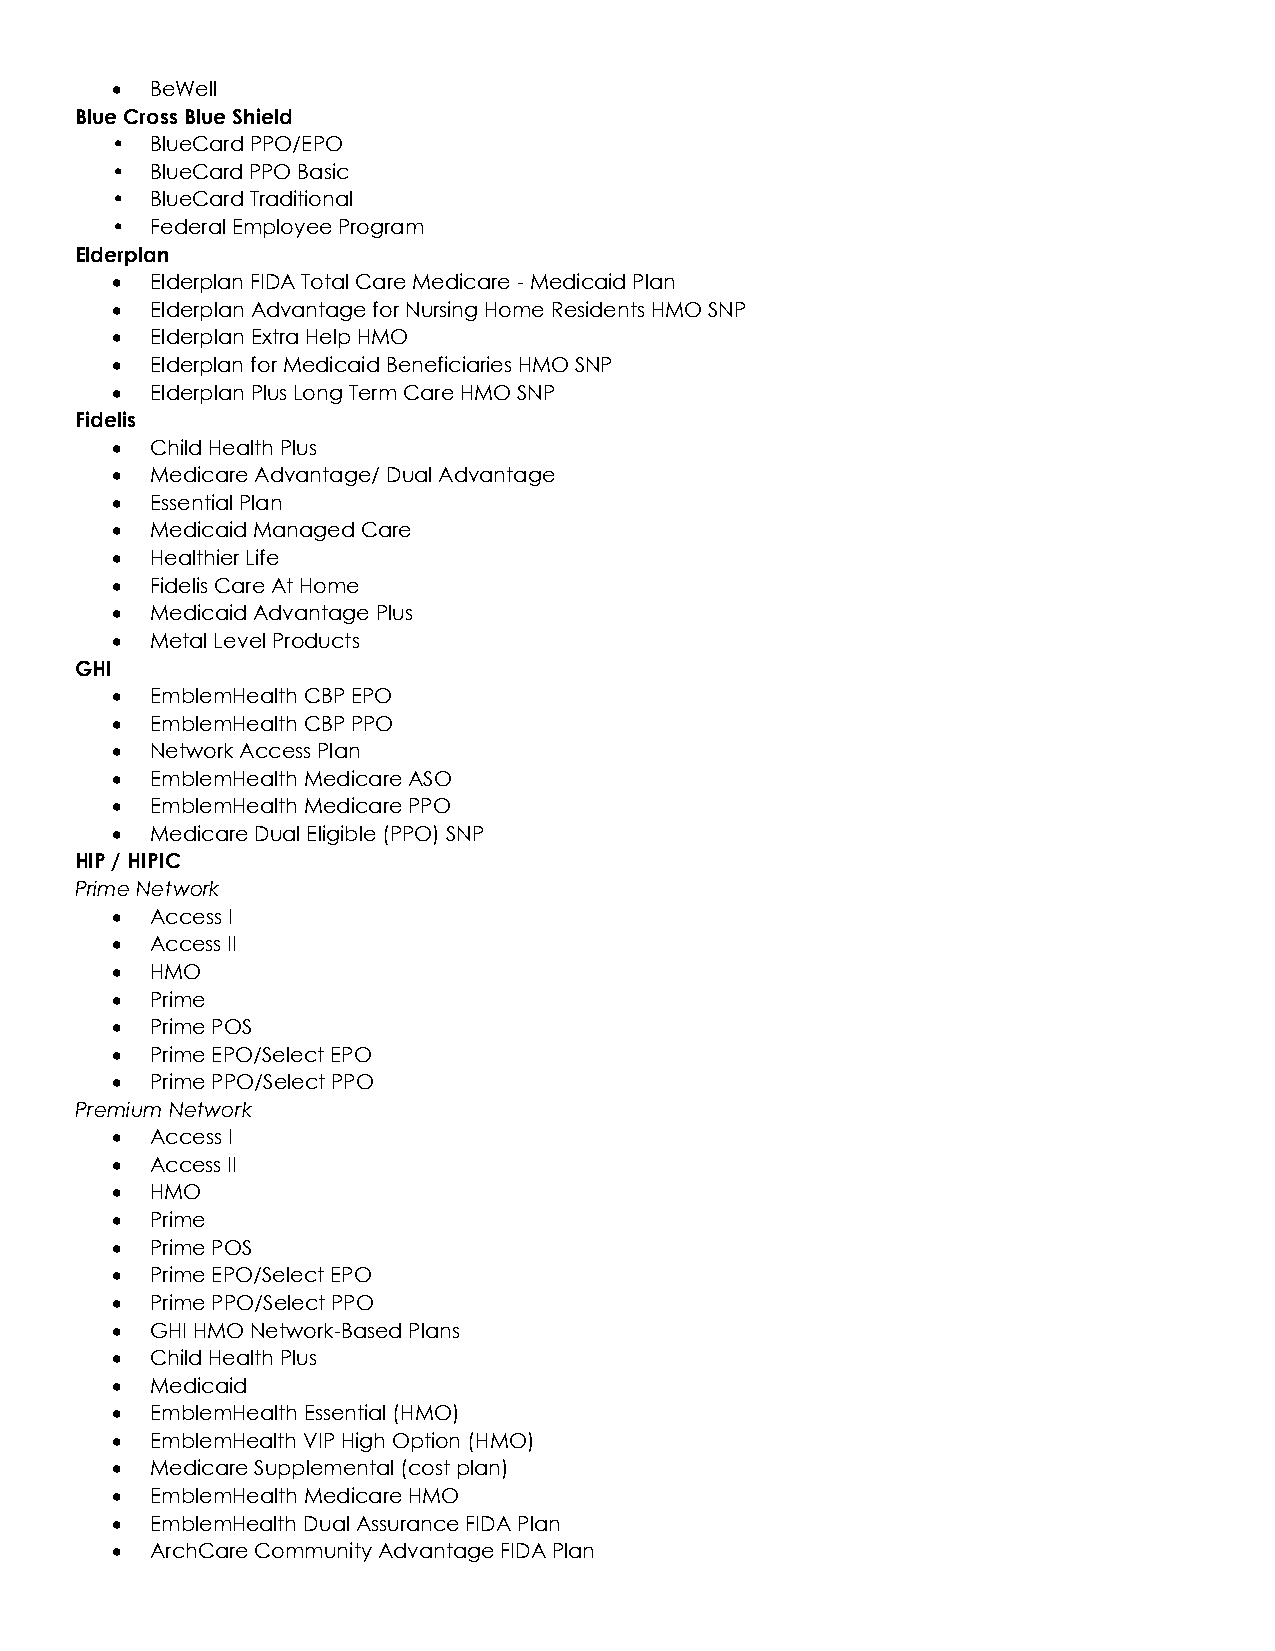
•  BeWell
 Blue Cross Blue Shield
 •  BlueCard PPO/EPO
 •  BlueCard PPO Basic
 •  BlueCard Traditional
 •  Federal Employee Program
 Elderplan
 •  Elderplan FIDA Total Care Medicare - Medicaid Plan
 •  Elderplan Advantage for Nursing Home Residents HMO SNP
 •  Elderplan Extra Help HMO
 •  Elderplan for Medicaid Beneficiaries HMO SNP
 •  Elderplan Plus Long Term Care HMO SNP
 Fidelis
 •  Child Health Plus
 •  Medicare Advantage/ Dual Advantage
 •  Essential Plan
 •  Medicaid Managed Care
 •  Healthier Life
 •  Fidelis Care At Home
 •  Medicaid Advantage Plus
 •  Metal Level Products
 GHI
 •  EmblemHealth CBP EPO
 •  EmblemHealth CBP PPO
 •  Network Access Plan
 •  EmblemHealth Medicare ASO
 •  EmblemHealth Medicare PPO
 •  Medicare Dual Eligible (PPO) SNP
 HIP / HIPIC
 Prime Network
 •  Access I
 •  Access II
 •  HMO
 •  Prime
 •  Prime POS
 •  Prime EPO/Select EPO
 •  Prime PPO/Select PPO
 Premium Network
 •  Access I
 •  Access II
 •  HMO
 •  Prime
 •  Prime POS
 •  Prime EPO/Select EPO
 •  Prime PPO/Select PPO
 •  GHI HMO Network-Based Plans
 •  Child Health Plus
 •  Medicaid
 •  EmblemHealth Essential (HMO)
 •  EmblemHealth VIP High Option (HMO)
 •  Medicare Supplemental (cost plan)
 •  EmblemHealth Medicare HMO
 •  EmblemHealth Dual Assurance FIDA Plan
 •  ArchCare Community Advantage FIDA Plan